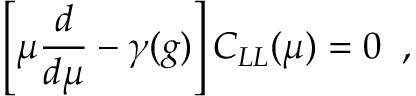
\left[ \mu \frac { d } { d \mu } - \gamma ( g ) \right] C _ { L L } ( \mu ) = 0 \; \; ,